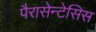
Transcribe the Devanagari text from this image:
पैरासेन्टेसिस